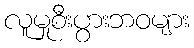
လူမှုစီးပွားဘဝများ